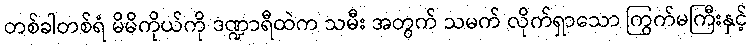
တစ်ခါတစ်ရံ မိမိကိုယ်ကို ဒဏ္ဍာရီထဲက သမီး အတွက် သမက် လိုက်ရှာသော ကြွက်မကြီးနှင့်